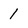
Character: 1